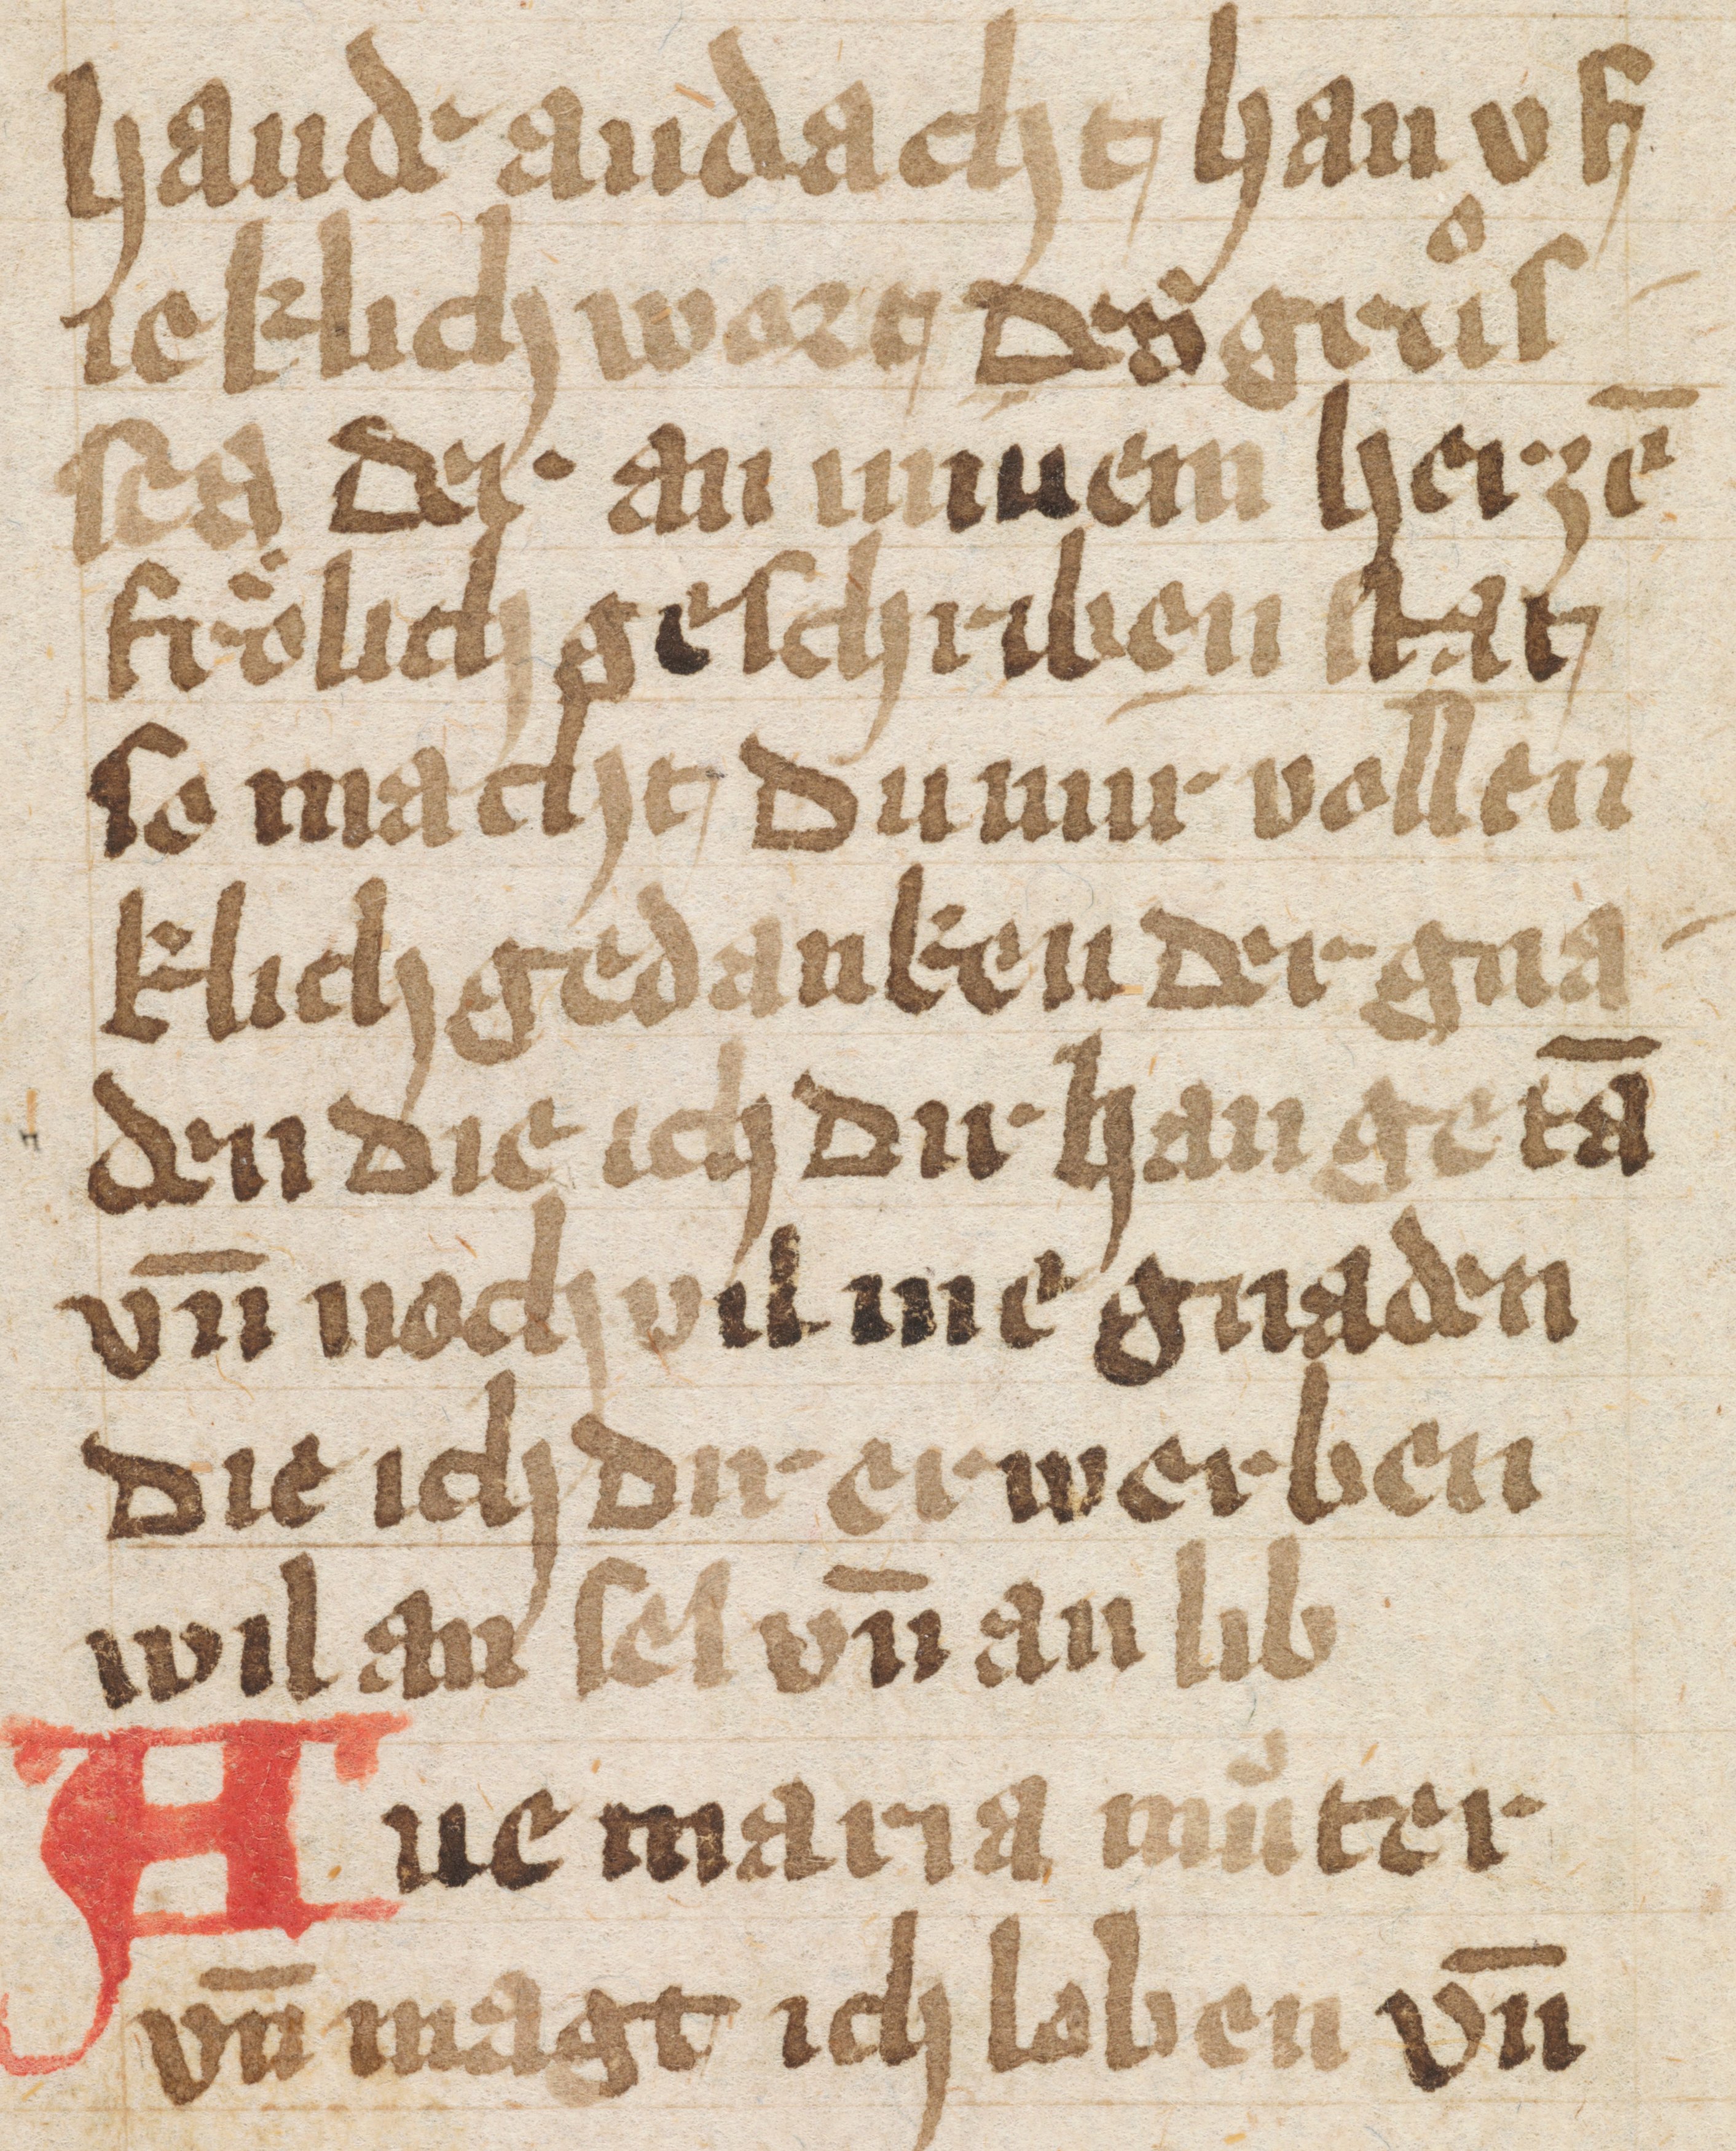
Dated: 1400–1499